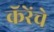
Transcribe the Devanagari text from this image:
कॅरेंचे